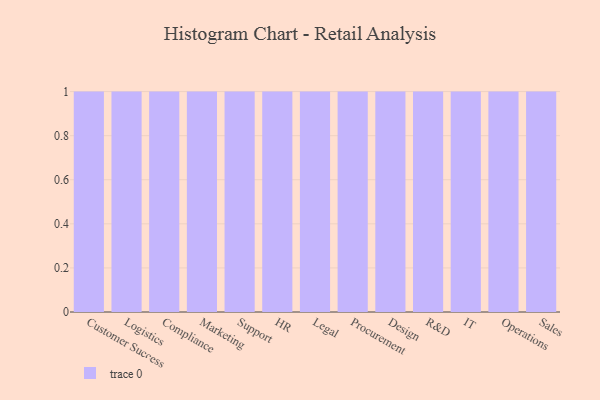
{"axis": {"x": "Department", "y": "Backlog"}, "legend": [""], "data": [{"x": "Customer Success", "y": 20, "type": ""}, {"x": "Logistics", "y": 44, "type": ""}, {"x": "Compliance", "y": 73, "type": ""}, {"x": "Marketing", "y": 87, "type": ""}, {"x": "Support", "y": 8, "type": ""}, {"x": "HR", "y": 17, "type": ""}, {"x": "Legal", "y": 47, "type": ""}, {"x": "Procurement", "y": 22, "type": ""}, {"x": "Design", "y": 46, "type": ""}, {"x": "R&D", "y": 50, "type": ""}, {"x": "IT", "y": 27, "type": ""}, {"x": "Operations", "y": 34, "type": ""}, {"x": "Sales", "y": 93, "type": ""}]}